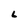
Character: 6